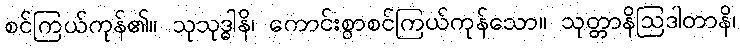
စင်ကြယ်ကုန်၏။ သုသုဒ္ဓါနိ၊ ကောင်းစွာစင်ကြယ်ကုန်သော။ သုတ္တာနိဩဒါတာနိ၊